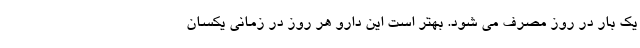
یک بار در روز مصرف می شود. بهتر است این دارو هر روز در زمانی یکسان